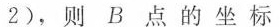
2)，则B点的坐标